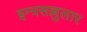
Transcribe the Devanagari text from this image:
इन्त्रसल्लुलार